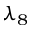
\lambda _ { 8 }